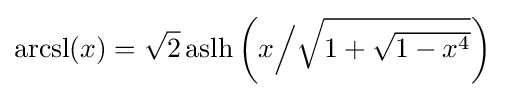
\operatorname {arcsl} (x)={\sqrt {2}}\operatorname {aslh} \left(x{\Big /}{\sqrt {\textstyle 1+{\sqrt {1-x^{4}}}}}\right)